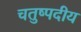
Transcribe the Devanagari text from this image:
चतुष्पदीय